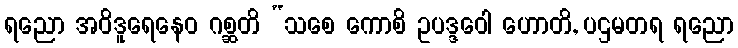
ရညော အဝိဒူရေနေဝ ဂစ္ဆတိ “သစေ ကောစိ ဥပဒ္ဒဝေါ ဟောတိ, ပဌမတရ ရညော